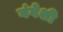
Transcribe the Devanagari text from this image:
गंगेशी